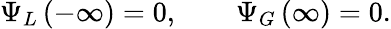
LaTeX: \Psi_{L}\left(-\infty\right)=0,\qquad\Psi_{G}\left(\infty\right)=0.